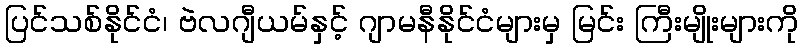
ပြင်သစ်နိုင်ငံ၊ ဗဲလဂျီယမ်နှင့် ဂျာမနီနိုင်ငံများမှ မြင်း ကြီးမျိုးများကို